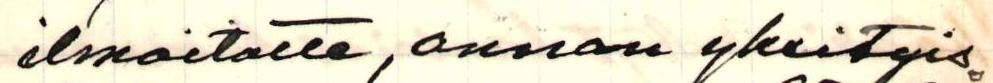
ilmoitatte, annan yksityis-